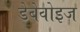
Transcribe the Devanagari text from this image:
डेबेवोइज